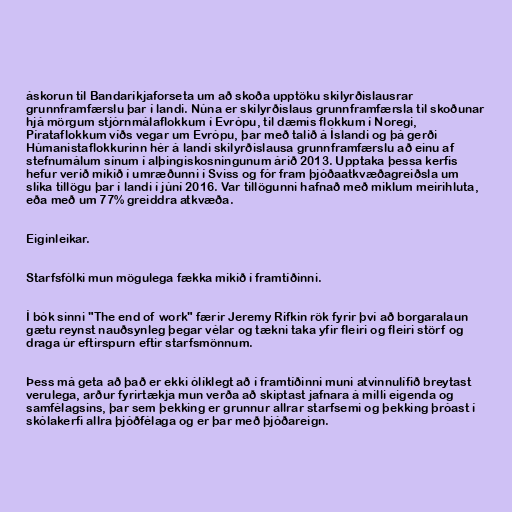
áskorun til Bandaríkjaforseta um að skoða upptöku skilyrðislausrar
grunnframfærslu þar í landi. Núna er skilyrðislaus grunnframfærsla til skoðunar
hjá mörgum stjórnmálaflokkum í Evrópu, til dæmis flokkum í Noregi,
Pírataflokkum víðs vegar um Evrópu, þar með talið á Íslandi og þá gerði
Húmanistaflokkurinn hér á landi skilyrðislausa grunnframfærslu að einu af
stefnumálum sínum í alþingiskosningunum árið 2013. Upptaka þessa kerfis
hefur verið mikið í umræðunni í Sviss og fór fram þjóðaatkvæðagreiðsla um
slíka tillögu þar í landi í júní 2016. Var tillögunni hafnað með miklum meirihluta,
eða með um 77% greiddra atkvæða.

Eiginleikar.

Starfsfólki mun mögulega fækka mikið í framtíðinni.

Í bók sinni "The end of work" færir Jeremy Rifkin rök fyrir því að borgaralaun
gætu reynst nauðsynleg þegar vélar og tækni taka yfir fleiri og fleiri störf og
draga úr eftirspurn eftir starfsmönnum.

Þess má geta að það er ekki ólíklegt að í framtíðinni muni atvinnulífið breytast
verulega, arður fyrirtækja mun verða að skiptast jafnara á milli eigenda og
samfélagsins, þar sem þekking er grunnur allrar starfsemi og þekking þróast í
skólakerfi allra þjóðfélaga og er þar með þjóðareign.